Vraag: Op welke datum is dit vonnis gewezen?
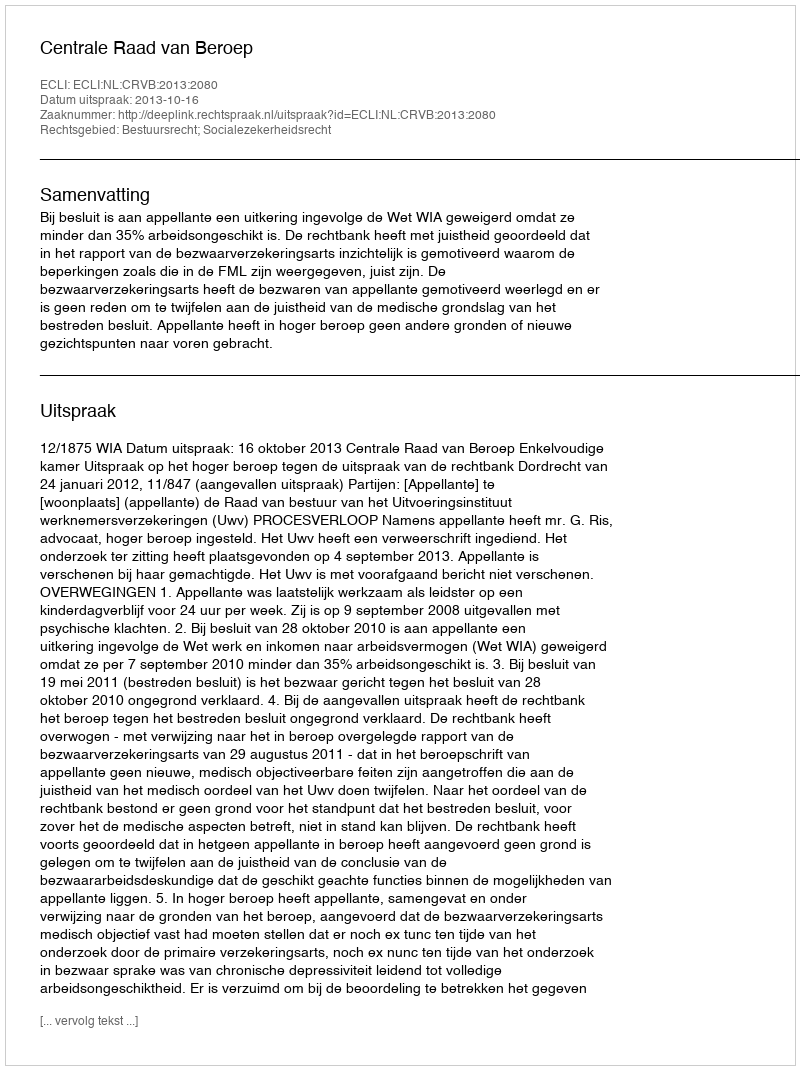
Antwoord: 2013-10-16